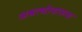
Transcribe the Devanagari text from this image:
अश्वत्थोपासना